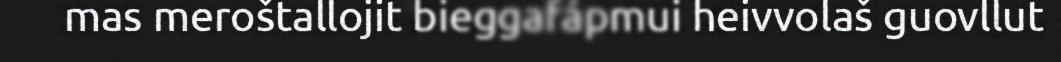
mas meroštallojit bieggafápmui heivvolaš guovllut